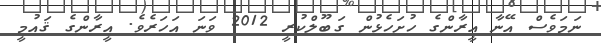
ނަމަވެސް އޭނާ އީރާންގެ ހުށަހެޅުން ގަބޫލްކުރީ 2012 ވަނަ އަހަރެވެ. އީރާންގެ ޤައުމީ